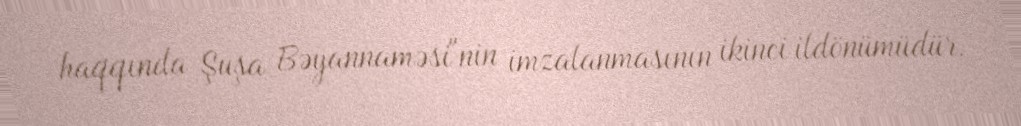
haqqında Şuşa Bəyannaməsi"nin imzalanmasının ikinci ildönümüdür.